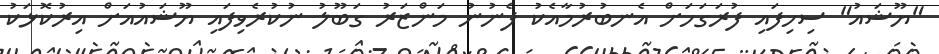
"ޔޫޝައު" ސިހިފައި ފުރަގަހަށް އެނބުރުމާއެކު ފެނުނު މަންޒަރު ގަބޫލު ނުކުރެވިފައި ޔޫޝައުއަށް އިރުކޮޅަކު